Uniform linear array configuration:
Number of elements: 24
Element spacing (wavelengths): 1
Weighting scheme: hann
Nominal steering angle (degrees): -30
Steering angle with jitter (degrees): -29.184
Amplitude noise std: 0.05
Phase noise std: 0.05

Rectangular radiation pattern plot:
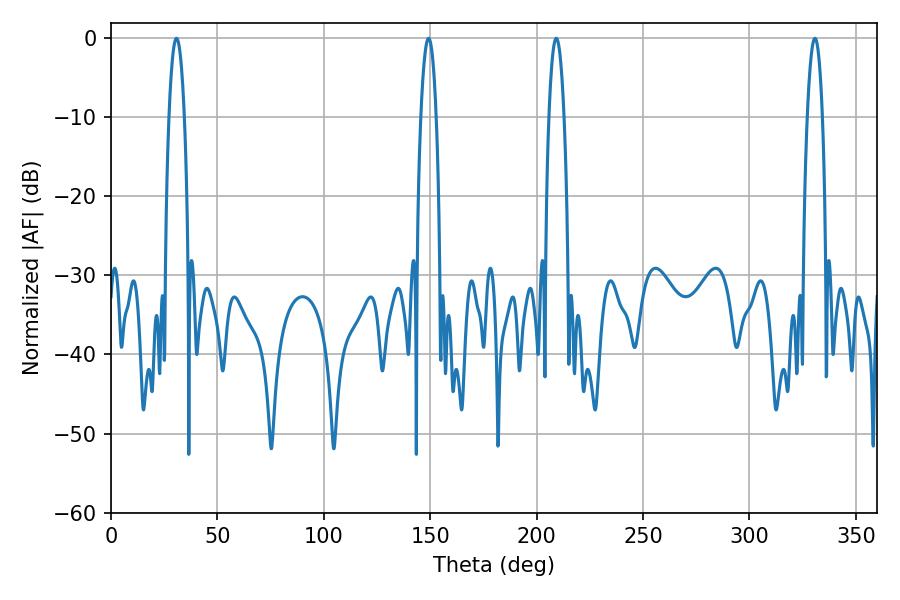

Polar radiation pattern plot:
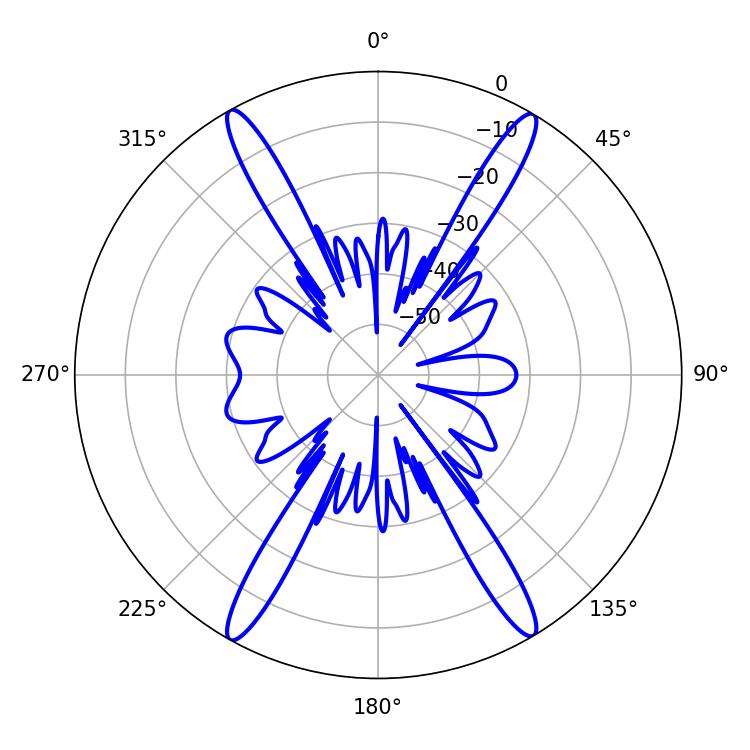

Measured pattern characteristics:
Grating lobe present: TRUE
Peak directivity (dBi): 26.785
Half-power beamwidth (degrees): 3.96
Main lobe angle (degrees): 30.78